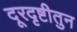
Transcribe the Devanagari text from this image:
दूरदृष्टीतुन